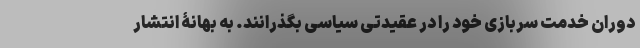
دوران خدمت سربازی خود را در عقیدتی سیاسی بگذرانند. به بهانۀ انتشار